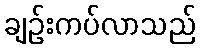
ချဉ်းကပ်လာသည်